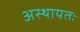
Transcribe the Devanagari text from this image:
अस्थायतः